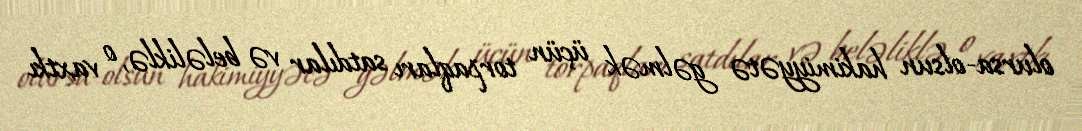
olursa-olsun hakimiyyətə gəlmək üçün torpaqları satdılar və beləliklə, o vaxtkı